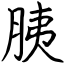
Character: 胰